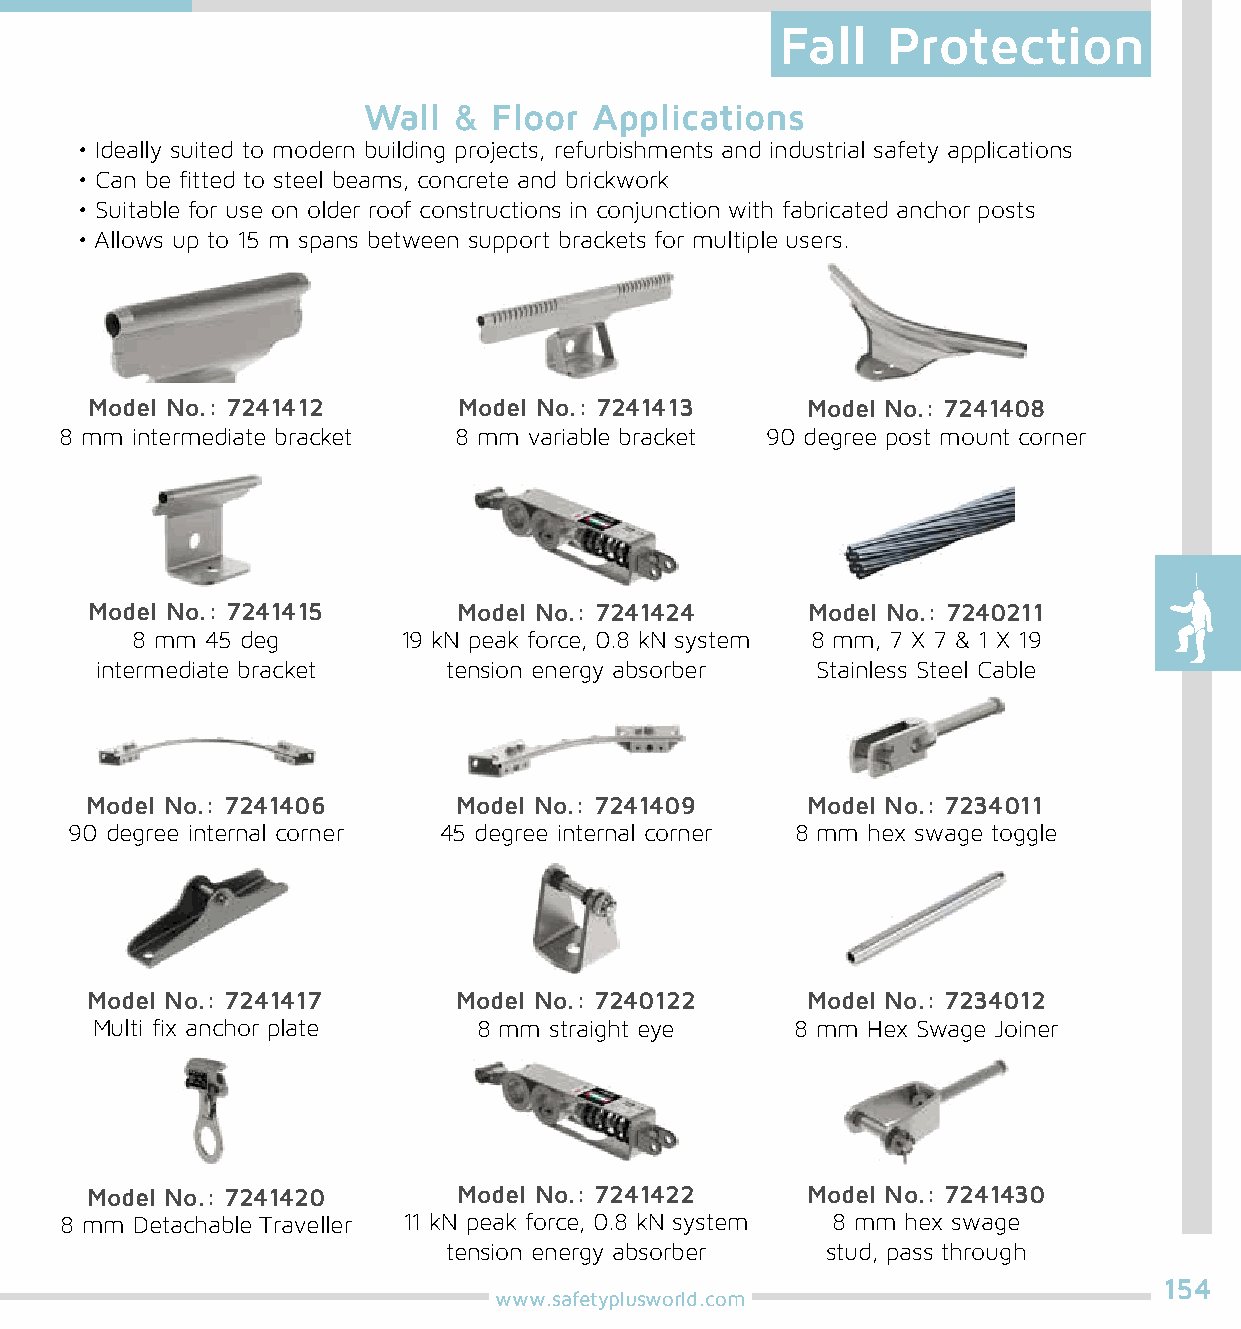
Fall   Protection
 Wall  &  Floor Applications
 • Ideally suited to modern building projects, refurbishments and industrial safety applications
 • Can be fitted to steel beams, concrete and brickwork
 • Suitable for use on older roof constructions in conjunction with fabricated anchor posts
 • Allows up to 15 m spans between support brackets for multiple users.
 Model No.: 7241412      Model No.: 7241413     Model No.: 7241408
 8 mm intermediate bracket 8 mm variable bracket 90 degree post mount corner
 Model No.: 7241415      Model No.: 7241424     Model No.: 7240211
 8 mm 45 deg       19 kN peak force, 0.8 kN system 8 mm, 7 X 7 & 1 X 19
 intermediate bracket    tension energy absorber Stainless Steel Cable
 Model No.: 7241406      Model No.: 7241409     Model No.: 7234011
 90 degree internal corner 45 degree internal corner 8 mm hex swage toggle
 Model No.: 7241417      Model No.: 7240122     Model No.: 7234012
 Multi fix anchor plate    8 mm straight eye    8 mm Hex Swage Joiner
 Model No.: 7241420      Model No.: 7241422     Model No.: 7241430
 8 mm Detachable Traveller 11 kN peak force, 0.8 kN system 8 mm hex swage
 tension energy absorber  stud, pass through
 154
 www.safetyplusworld.com